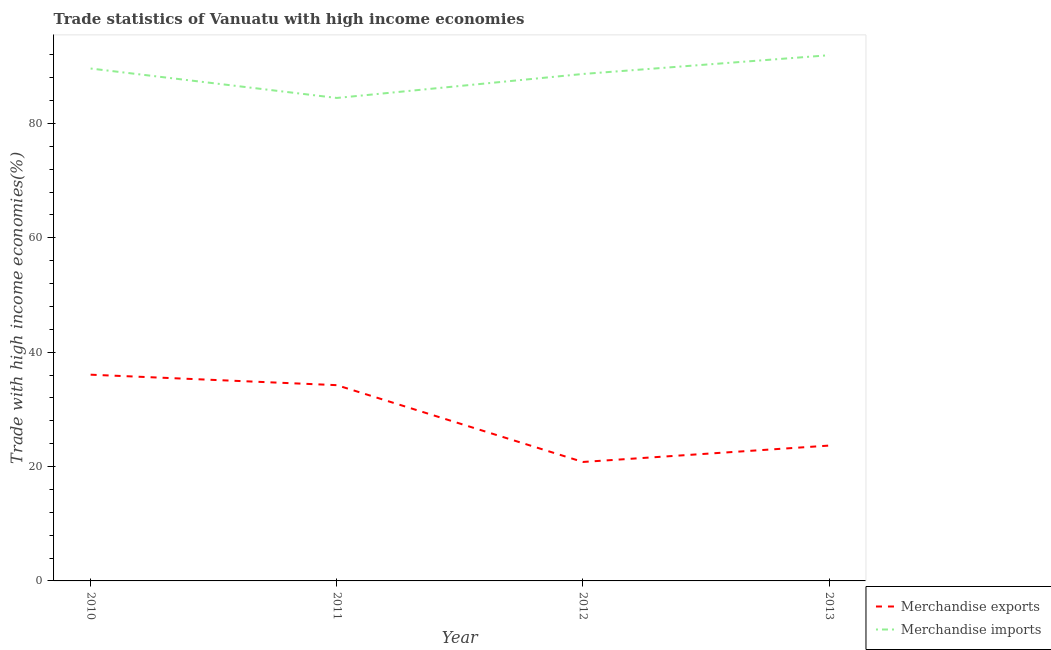
| Year | Merchandise exports | Merchandise imports |
 | --- | --- | --- |
 | 2010 | 36.1 | 89.6 |
 | 2011 | 34.2 | 84.5 |
 | 2012 | 20.8 | 88.7 |
 | 2013 | 23.7 | 91.9 |